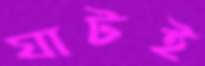
ঘাটই